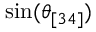
\sin ( \theta _ { [ 3 4 ] } )